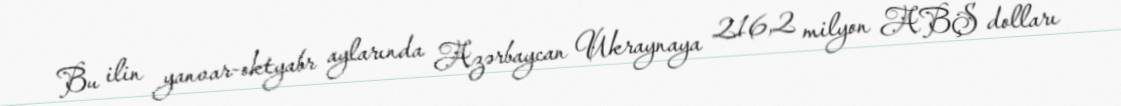
Bu ilin yanvar-oktyabr aylarında Azərbaycan Ukraynaya 216,2 milyon ABŞ dolları